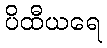
ပိထီယရေ